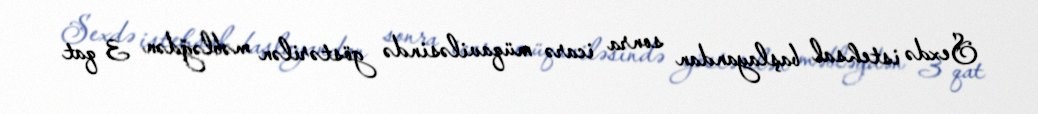
Sexdə istehsal başlayandan sonra icarə müqaviləsində göstərilən məbləğdən 3 qat